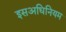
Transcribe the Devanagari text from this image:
इसअधिनियम